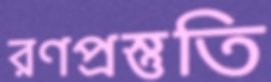
রণপ্রস্তুতি